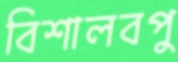
বিশালবপু